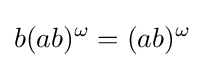
b(ab)^{\omega }=(ab)^{\omega }